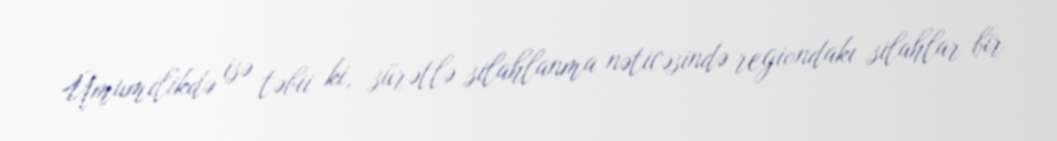
Ümumilikdə isə təbii ki, sürətlə silahlanma nəticəsində regiondakı silahlar bir